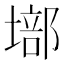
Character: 𡏿